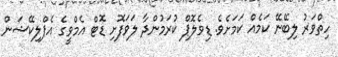
ހިތްވަރު ލިބޭނޭ ކަމެއް ކަމަށެވެ. ޑިވެލޮޕް ކުރަމުންދާ ލަވަފޮށި ޑޮޓް އެމްވީގެ އެޕްލިކޭޝަން